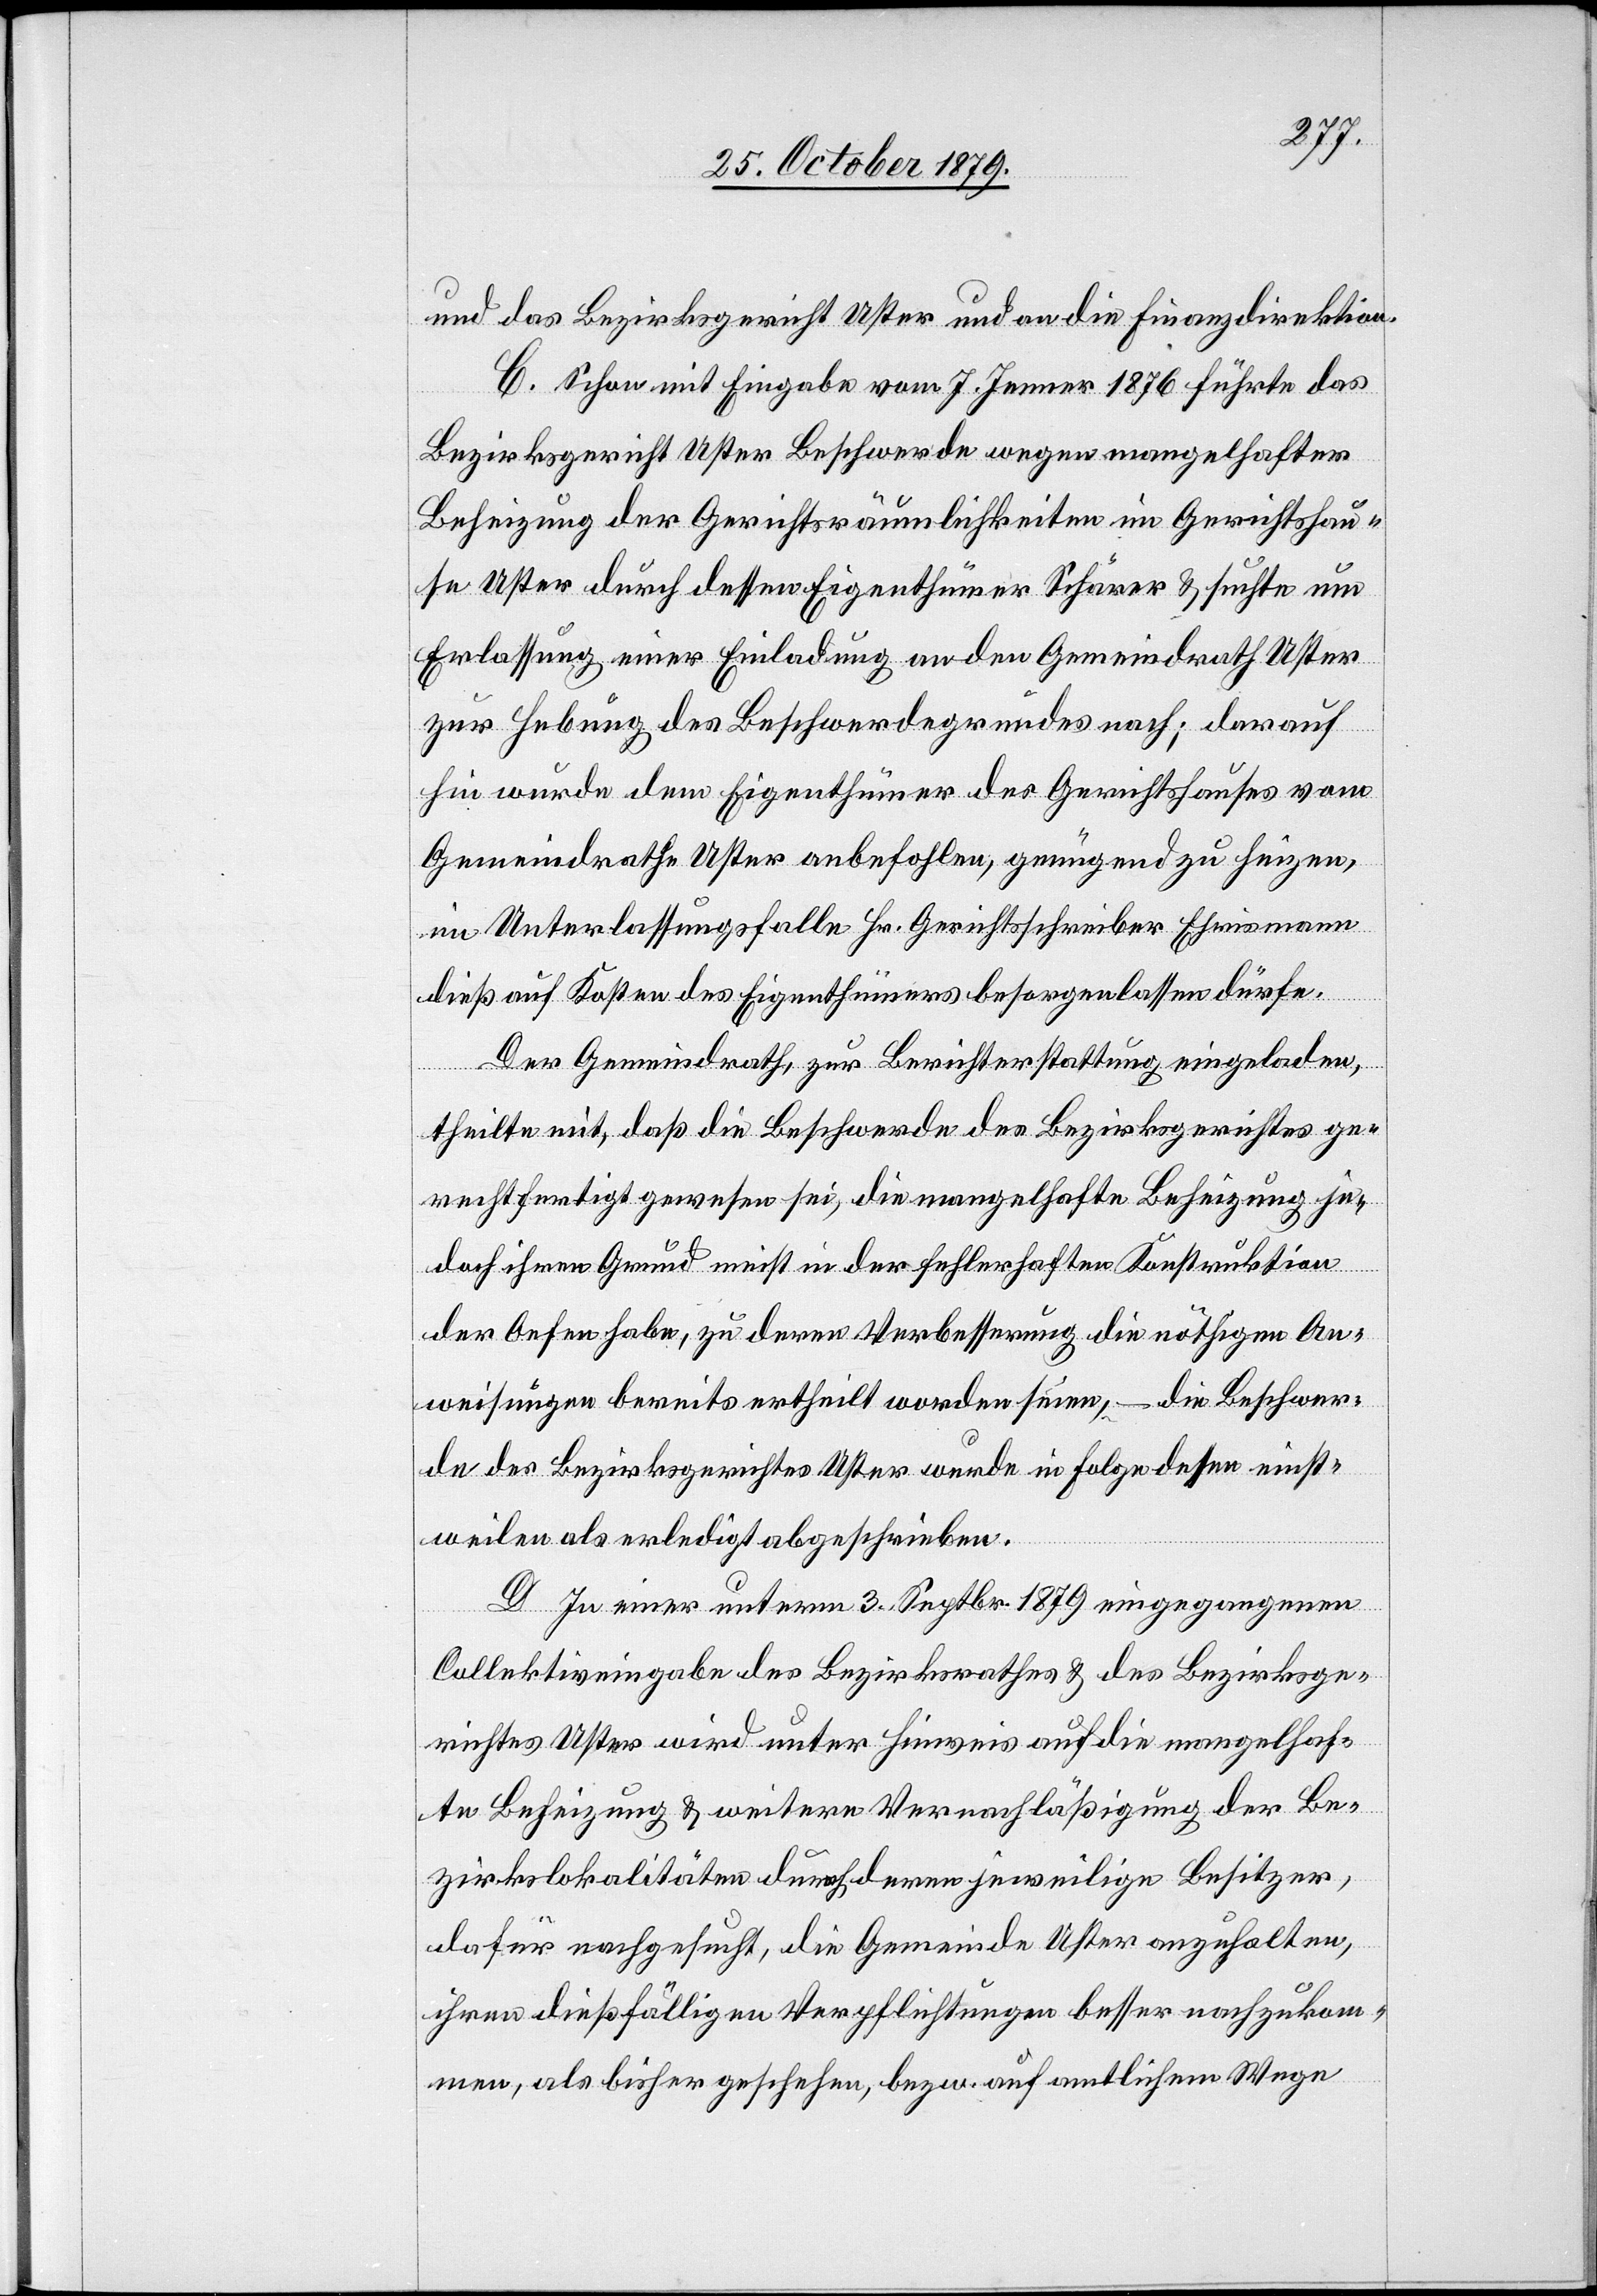
und das Bezirksgericht Uster und an die Finanzdirektion.
C. Schon mit Eingabe vom 7. Jenner 1876 führte das
Bezirksgericht Uster Beschwerde wegen mangelhafter
Beheizung der Gerichtsräumlichkeiten im Gerichtshau¬
se Uster durch dessen Eigenthümer Schärer & suchte um
Erlassung einer Einladung an den Gemeindrath Uster
zur Hebung des Beschwerdegrundes nach; darauf¬
hin wurde dem Eigenthümer des Gerichtshauses vom
Gemeindrath Uster anbefohlen, genügend zu heizen,
im Unterlassungsfalle Hr. Gerichtsschreiber Ehrismann
dieß auf Kosten des Eigenthümers besorgen lassen dürfe.
Der Gemeindrath, zur Berichterstattung eingeladen,
theilte mit, daß die Beschwerde des Bezirksgerichtes ge¬
rechtfertigt gewesen sei, die mangelhafte Beheizung je¬
doch ihren Grund meist in der fehlerhaften Konstruktion
der Oefen habe, zu deren Verbesserung die nöthigen An¬
weisungen bereits ertheilt worden seien, – die Beschwer¬
de des Bezirksgerichtes Uster wurde in Folge dessen einst¬
weilen als erledigt abgeschrieben.
D. In einer unterm 3. Septbr. 1879 eingegangenen
Collektiveingabe des Bezirksrathes & des Bezirksge¬
richtes Uster wird unter Hinweis auf die mangelhaf¬
te Beheizung & weitere Vernachläßigung der Be¬
zirkslokalitäten durch deren jeweilige Besitzer,
dafür nachgesucht, die Gemeinde Uster anzuhalten,
ihren dießfälligen Verpflichtungen besser nachzukom¬
men, als bisher geschehen, bezw. auf amtlichem Wege